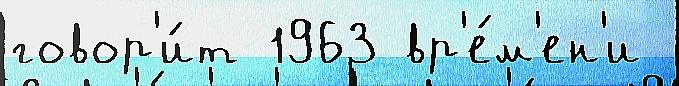
говор'и́т 1963 вр'е́м'ен'и